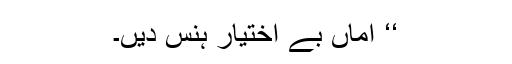
‘‘ اماں بے اختیار ہنس دیں۔